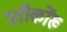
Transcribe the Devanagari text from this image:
प्रतीकोंख्‍